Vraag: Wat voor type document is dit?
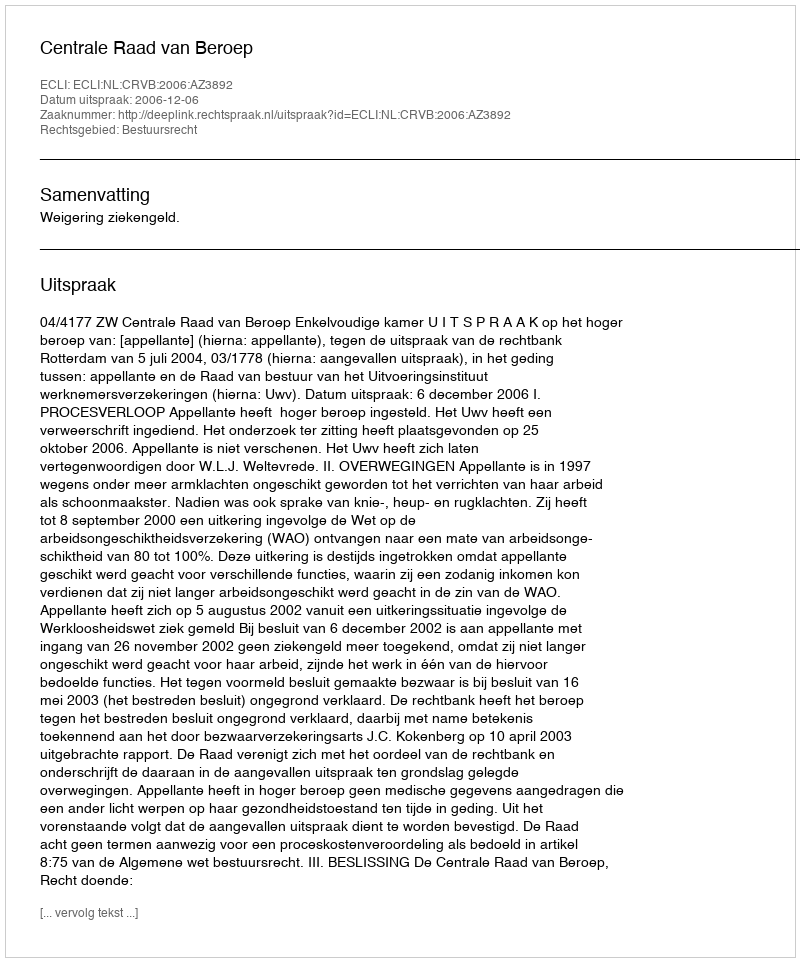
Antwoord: Uitspraak